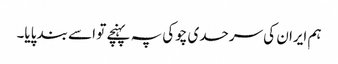
ہم ایران کی سرحدی چوکی پہ پہنچے تو اسے بند پایا۔